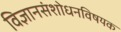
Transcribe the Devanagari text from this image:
विज्ञानसंशोधनविषयक